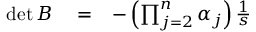
\begin{array} { r l r } { \operatorname* { d e t } B } & { { } = } & { - \left( \prod _ { j = 2 } ^ { n } \alpha _ { j } \right) \frac { 1 } { s } } \end{array}